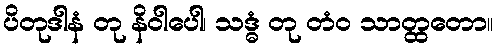
ပိတုဒါနံ တု နိဝါပေါ၊ သဒ္ဓံ တု တံဝ သာတ္ထတော။